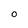
Character: O